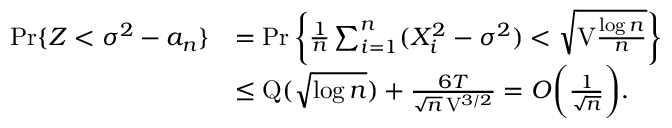
\begin{array} { r l } { \operatorname* { P r } \{ Z < \sigma ^ { 2 } - a _ { n } \} } & { = \operatorname* { P r } \bigg \{ \frac { 1 } { n } \sum _ { i = 1 } ^ { n } ( X _ { i } ^ { 2 } - \sigma ^ { 2 } ) < \sqrt { \mathrm { V } \frac { \log n } { n } } \bigg \} } \\ & { \leq \mathrm { Q } ( \sqrt { \log n } ) + \frac { 6 T } { \sqrt { n } \, \mathrm { V } ^ { 3 / 2 } } = O \bigg ( \frac { 1 } { \sqrt { n } } \bigg ) . } \end{array}